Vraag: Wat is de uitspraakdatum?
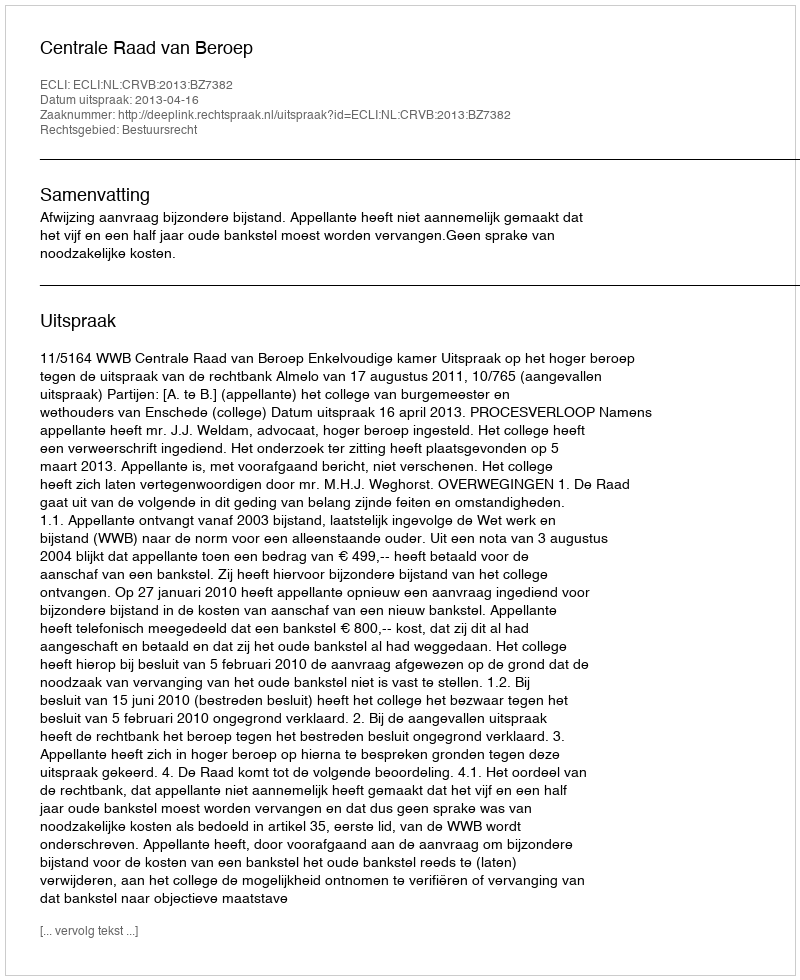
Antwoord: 2013-04-16